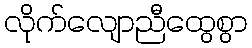
လိုက်လျောညီထွေစွာ